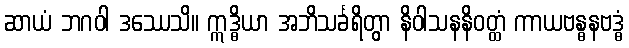
ဆာယံ ဘဂဝါ ဒဿေသိ။ ဣဒ္ဓိယာ အဘိသင်္ခရိတွာ နိဝါသနနိဝတ္ထံ ကာယဗန္ဓနဗဒ္ဓံ